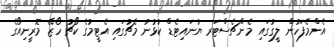
އެންމެފަހުން ލީގުގައި މެންޗެސްޓަރ ޔުނައިޓެޑް ކުޅުނު މެޗުގައި އެޓީމުގެ ކޯޗު ހޯޒޭ މޮރީނިއޯގެ